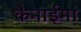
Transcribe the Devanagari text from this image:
कैनाईमा